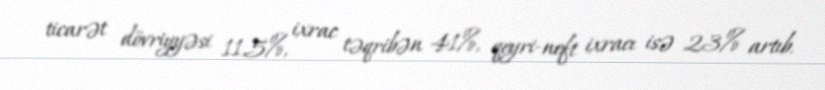
ticarət dövriyyəsi 11,5%, ixrac təqribən 41%, qeyri-neft ixracı isə 23% artıb.